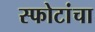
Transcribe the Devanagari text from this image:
स्फोटांचा